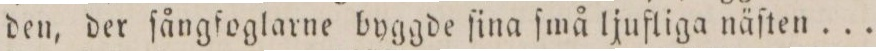
den, der ſångfoglarne byggde ſina ſmå ljufliga näſten ...